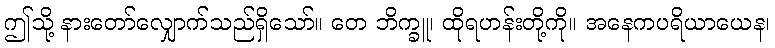
ဤသို့ နားတော်လျှောက်သည်ရှိသော်။ တေ ဘိက္ခူ၊ ထိုရဟန်းတို့ကို။ အနေကပရိယာယေန၊